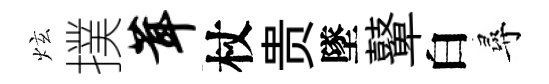
炫撲茸杖贵墜鼙白尋